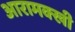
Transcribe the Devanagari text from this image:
आरामक्खी